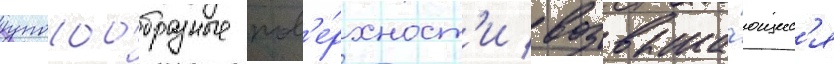
куполообразные пов'е́рхност'и / возвыша́ющиес'я